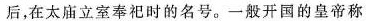
后，在太庙立室奉祀时的名号。一般开国的皇帝称